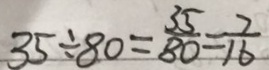
3 5 \div 8 0 = \frac { 3 5 } { 8 0 } = \frac { 7 } { 1 6 }